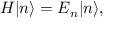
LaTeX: H | n \rangle = E _ { n } | n \rangle ,